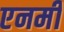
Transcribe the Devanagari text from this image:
एनमी